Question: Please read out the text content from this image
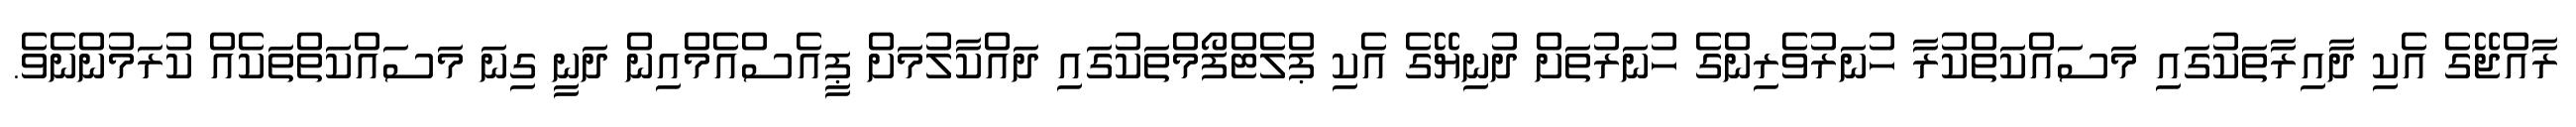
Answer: ރާއްޖޭގެ އެކި ދާއިރާތަކުގައި މަސައްކަތްކުރާ ހުނަރުވެރިންގެ ހުނަރުތަށް ދުނިޔޭގެ އެކި ޕްލެޓްފޯމްތަކުގައި ދައްކާލުމަށް ޕީއެސްއެމްއިން ދަނީ ގިނަ މަސައްކަތްތަކެއް ކުރަމުންނެވެ.